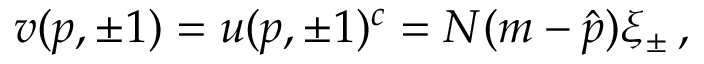
v ( p , \pm 1 ) = u ( p , \pm 1 ) ^ { c } = N ( m - \hat { p } ) \xi _ { \pm } \, ,